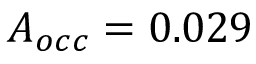
A _ { o c c } = 0 . 0 2 9